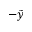
- \tilde { y }